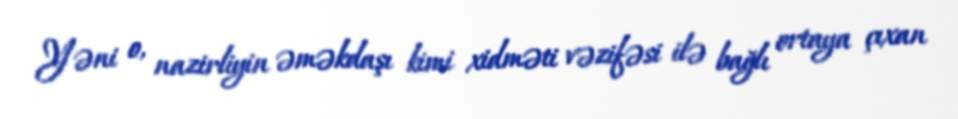
Yəni o, nazirliyin əməkdaşı kimi xidməti vəzifəsi ilə bağlı ortaya çıxan